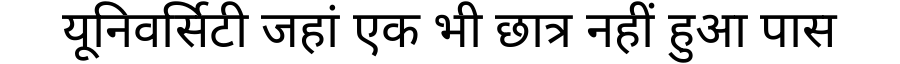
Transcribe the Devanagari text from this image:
यूनिवर्सिटी जहां एक भी छात्र नहीं हुआ पास